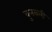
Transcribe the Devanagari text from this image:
बुनकरी